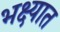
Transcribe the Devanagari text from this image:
भक्ष्यात